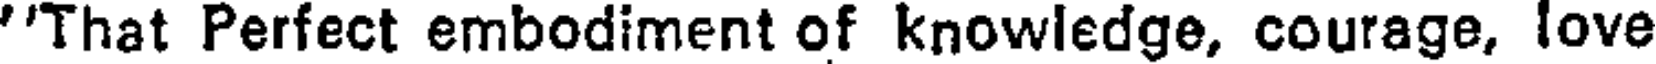
''That Perfect embodiment of knowledge, courage, love